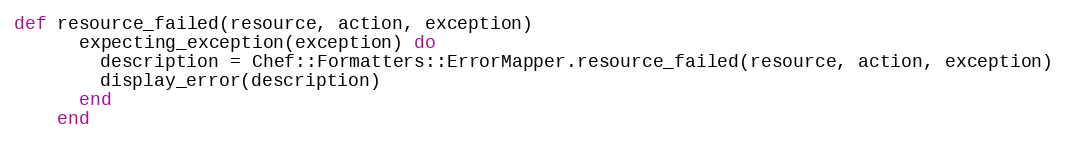
Language: Ruby
def resource_failed(resource, action, exception)
      expecting_exception(exception) do
        description = Chef::Formatters::ErrorMapper.resource_failed(resource, action, exception)
        display_error(description)
      end
    end